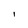
Character: l